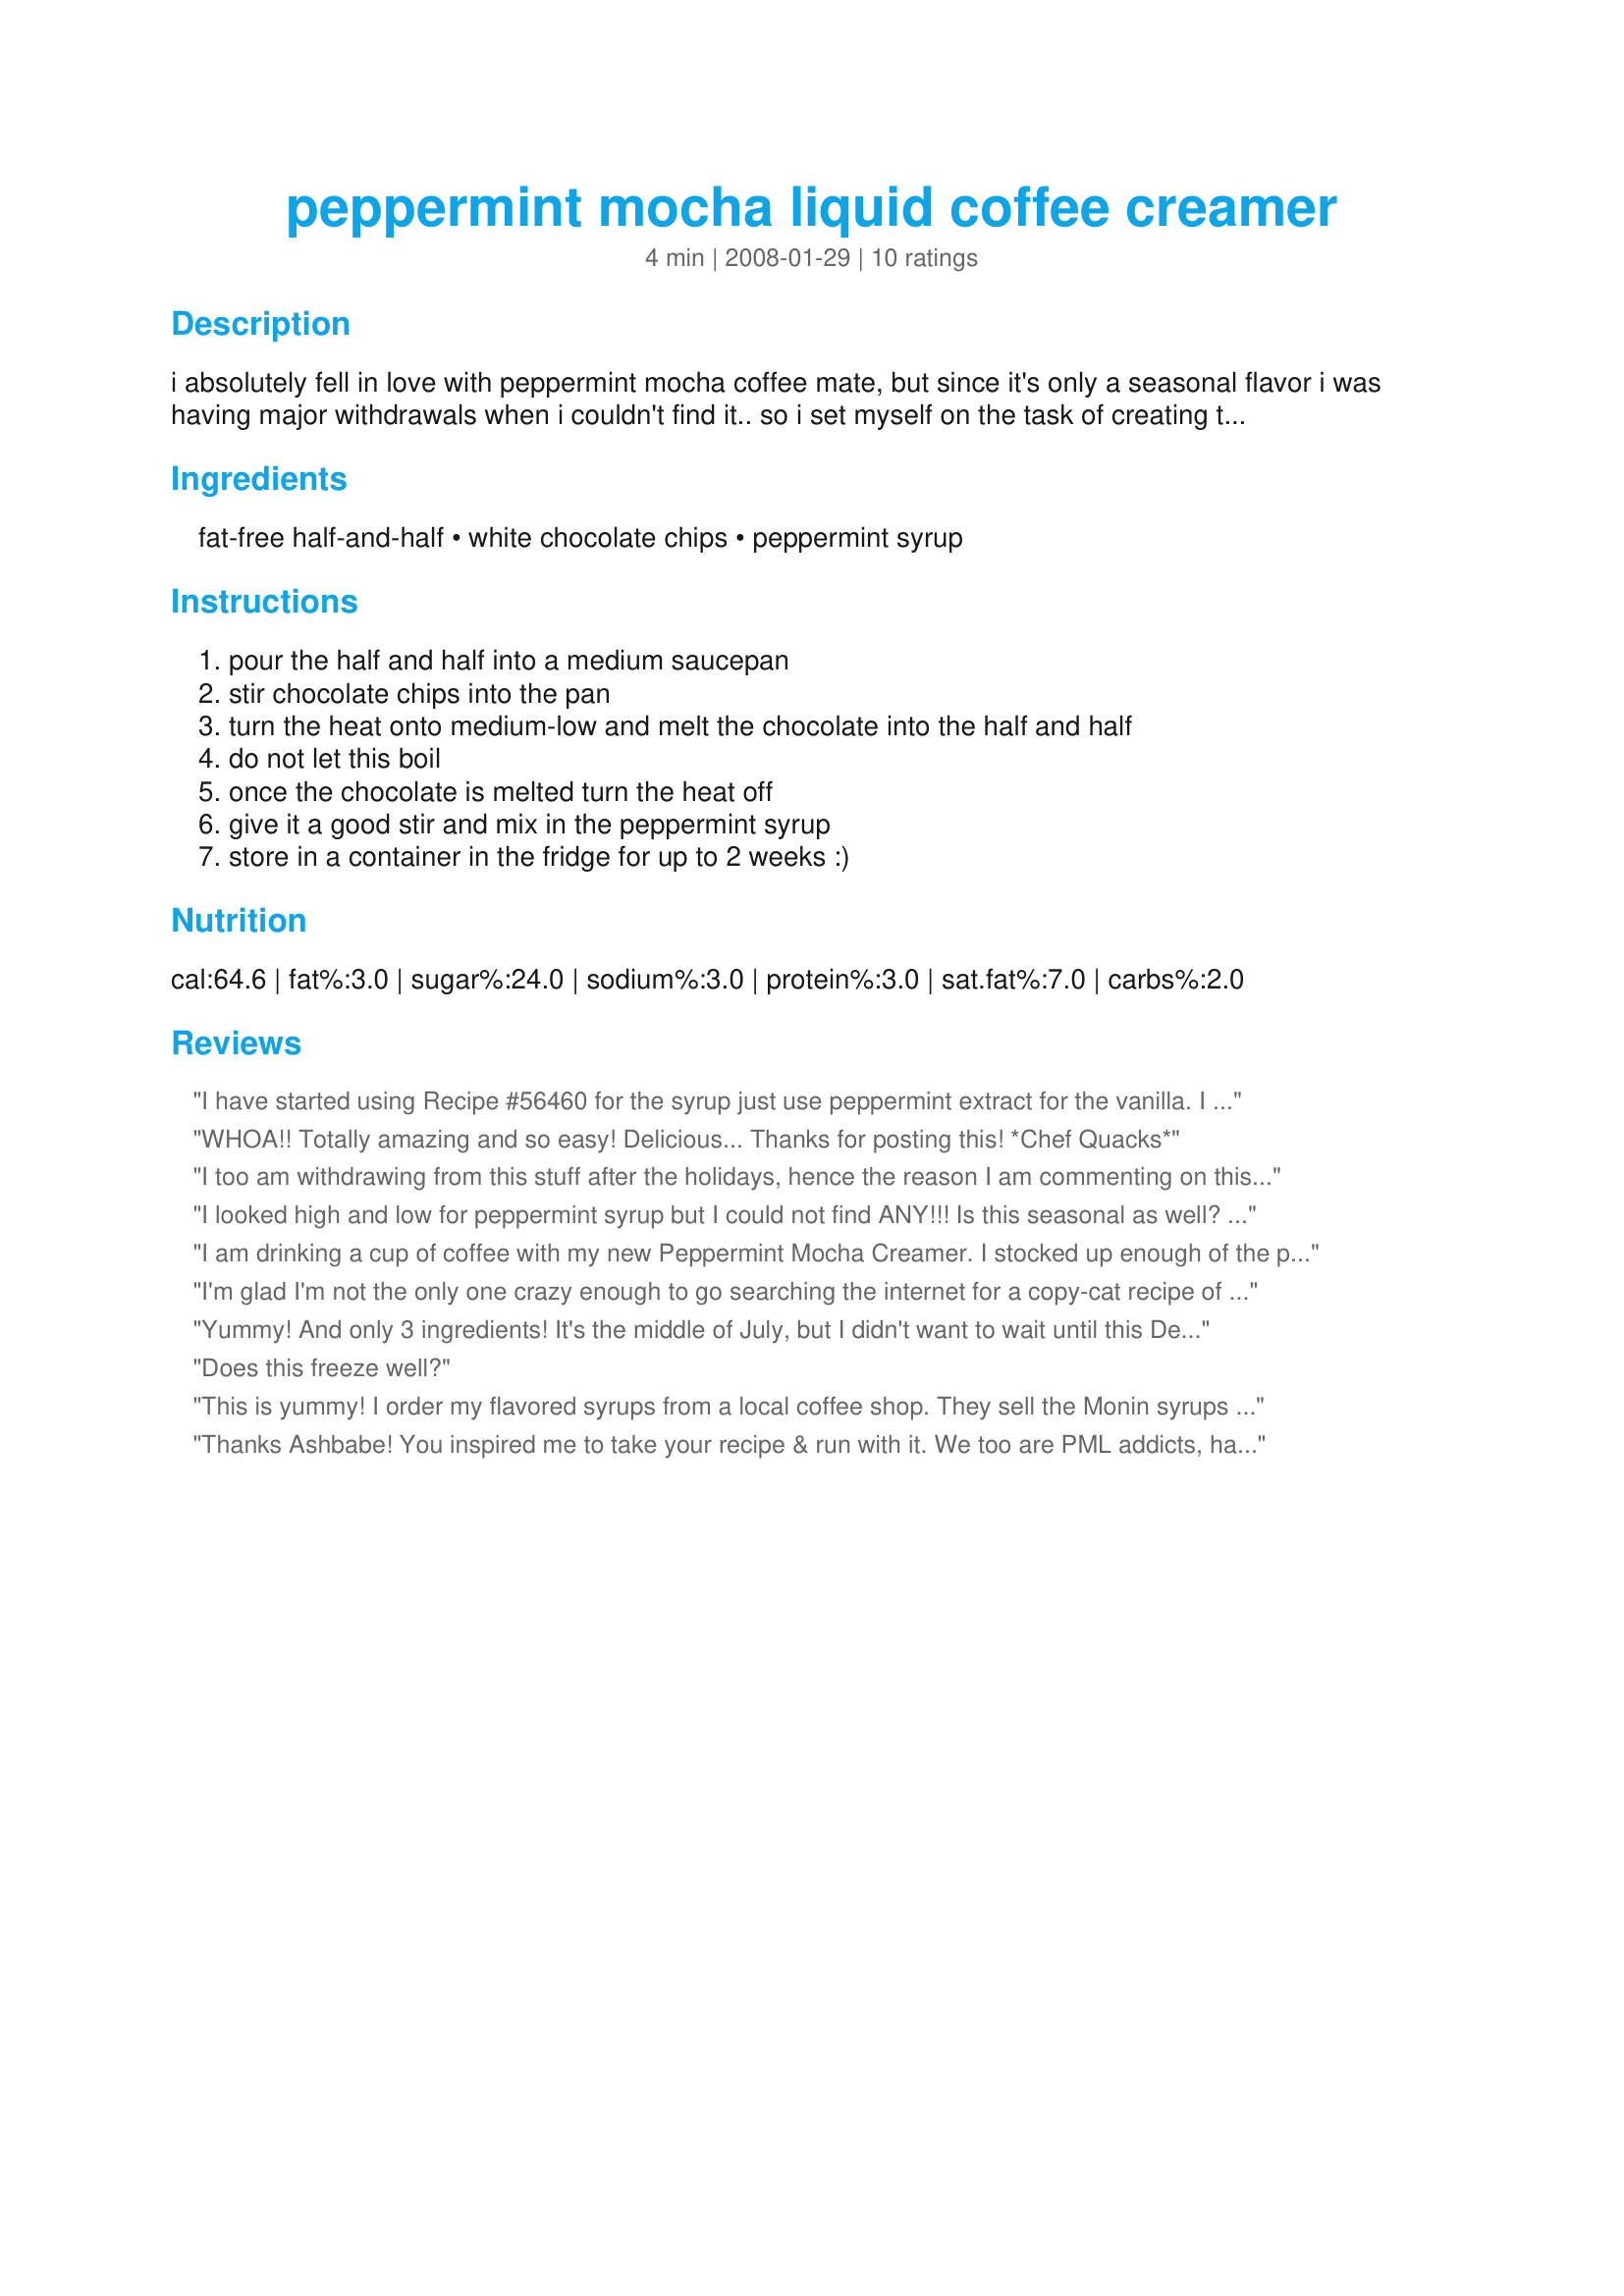
peppermint mocha liquid coffee creamer
Preparation time: 4 minutes

i absolutely fell in love with peppermint mocha coffee mate, but since it's only a seasonal flavor i was having major withdrawals when i couldn't find it.. so i set myself on the task of creating the perfect copycat.. and here it is :)

Ingredients:
fat-free half-and-half, white chocolate chips, peppermint syrup

Steps:
pour the half and half into a medium saucepan
stir chocolate chips into the pan
turn the heat onto medium-low and melt the chocolate into the half and half
do not let this boil
once the chocolate is melted turn the heat off
give it a good stir and mix in the peppermint syrup
store in a container in the fridge for up to 2 weeks :)

Reviews:
I have started using Recipe #56460 for the syrup just use peppermint extract for the vanilla. I have made this many times since my first post. I found that if you put the white choc. chips in a small amount of 1/2 and 1/2 and when melted then add the remaining 1/2 and 1/2 plus the peppermint syrup. It works much better. LOVE THIS RECIPE.
I made this as written and it is very good, but I will add more syrup on the next batch as I like mint flavoring. I used a white mint chocolate chip that had sprinkles on it and that turned the creamer pink. Didn't affect the drinks though, and will be making this all the time. Thanks for finding and posting the recipe.
WHOA!! Totally amazing and so easy! Delicious... Thanks for posting this!

*Chef Quacks*
I too am withdrawing from this stuff after the holidays, hence the reason I am commenting on this recipe. It is very easy to make, takes 2 minutes! I just made up 2 batches, one of me, one for my coworkers.

At first, I didn't think the amount of white chocolate chips was enough, but believe me, when they melt, they are more than enough! But, I found that the amount of peppermint was not enough for my taste. I required 1/3 to 1/2 cup before I was satisfied with the mintiness. Now, once the creamer cools, I may be sorry I added so much if it changes upon cooling. I have not yet tried it in my coffee, but I'm sure I will enjoy it. Thanks for the recipe!
I looked high and low for peppermint syrup but I could not find ANY!!! Is this seasonal as well? Anyway I used peppermint extract along with stevia in place of this. Probably not exactly what should be used but good nonetheless! Thanks for bringing Christmas back to my morning coffee. YUMMMMM!
I am drinking a cup of coffee with my new Peppermint Mocha Creamer. I stocked up enough of the powder creamer (Peppermint Mocha) back in December and knew it would only get me to July. I figured I would deal with it at that point. After searching endlessly online and being ready to drink expired powder (if i could even find that) I found this recipe. THANK YOU, THANK YOU! I can make it through the holidays and at that might just keep making my own. I did add more peppermint syrup because I really like the mint taste. Thank you Ashbabe for coming up with this recipe for all the Peppermint Creamer Addicts that there are out there. Cheers!
I'm glad I'm not the only one crazy enough to go searching the internet for a copy-cat recipe of this. I love it in my coffee, obviously, but I, as of late, have a glass of milk at night when I go to bed to satisfy my "fake hunger" rather going and having a sandwich or something that late at night, and I love to put this in my milk to mix things up a little. I might also note that almost all Coffeemate flavors taste excellent in milk. Forget chocolate and strawberry syrup, use coffee creamers! Thanks a ton for this recipe! I was going to make one up myself had I not found this!
Yummy! And only 3 ingredients! It's the middle of July, but I didn't want to wait until this December for the stores to finally stock my favorite coffee creamer. So I searched recipe sites on the Internet, looking for a good recipe. I decided to try this one. It's a winner! Now I can have my favorite creamer year-round. It's so simply to make, and I happened to have all the ingredients on hand at home. It mixes up quickly--in less than 5 mintues, and it made enough to last me for several weeks. It's as good (maybe even better) than those expesive ones you buy in the store or get at Starbucks.
Does this freeze well?
This is yummy! I order my flavored syrups from a local coffee shop. They sell the Monin syrups - so I go to their website and pick the flavors I want ordered. The shop sold all the peppermint this month before I found this recipe so I bought the Frosted Mint. This is very good. It is light with a hint of the mint. I used 1/2 choc. chips after reading some of the reviews and 1/4 c. mint flavoring due to it being such a light taste. I also added a couple tablespoons of the mint flavoring in to the whipped topping for my drink and my boys hot choc. drinks. I added candy canes for stirring. Very comforting drink. 
Thank you for sharing it
Thanks Ashbabe! You inspired me to take your recipe & run with it. We too are PML addicts, having not only exhausted my search of all food stores in the Western NY area for a "fix", I also contacted the company & complained. In any event, I gave your recipe 4 stars. We thought it was not quite minty or chocolaty enough. So on my second trial, I increased both the mint as well as the morsels to 1/2 cup each and also used regular half & half. To hubby & me, it is now "almost" perfect [missing the junk the company puts in it perhaps?]. I also think maybe I will try using mint extract next time....Starbucks has all that sugar in it! Again, thanks so much for the inspiration since we wouldn't have a recipe @ all if not for your nudge.
